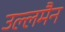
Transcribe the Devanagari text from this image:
उल्लमैन